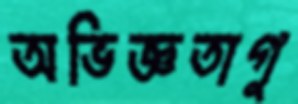
অভিজ্ঞতাগু